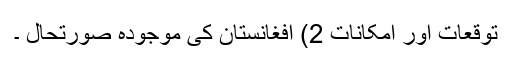
توقعات اور امکانات 2) افغانستان کی موجودہ صورتحال ۔